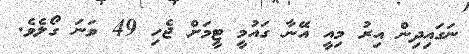
ނަގައިދިން އިރު މިއީ އޭނާ ގައުމީ ޓީމަށް ޖެހި 49 ވަނަ ގޯލެވެ.